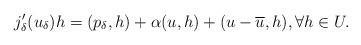
LaTeX: \begin{align*} j_\delta ' (u_\delta)h= (p_\delta , h)+\alpha (u,h)+(u-\overline{u},h), \forall h \in U. \end{align*}